Vaccination report Assam 1896-1927 - 1896-1927
Year: 1896
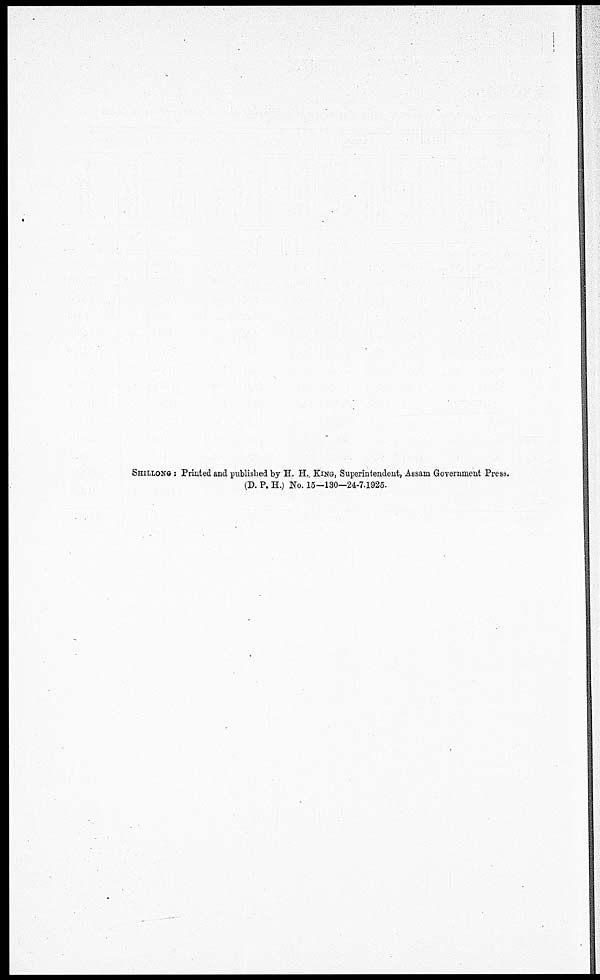
SHILLONG : Printed and published by H. H. KING, Superintendent, Assam Government Press.
(D. P. H.) No. 15—130—24-7.1925.